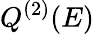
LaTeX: Q^{(2)}(E)